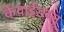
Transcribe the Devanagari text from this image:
केवाईडब्लू